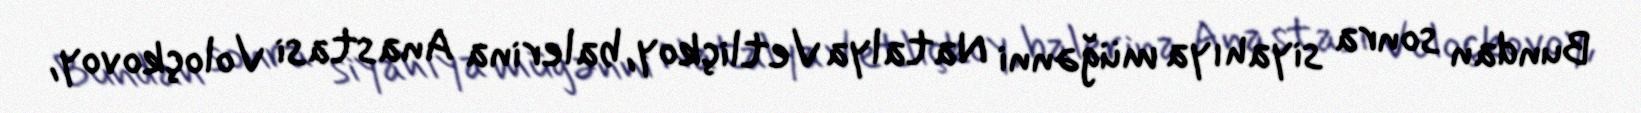
Bundan sonra siyahıya müğənni Natalya Vetliçkoy, balerina Anastasi Voloçkovoy,